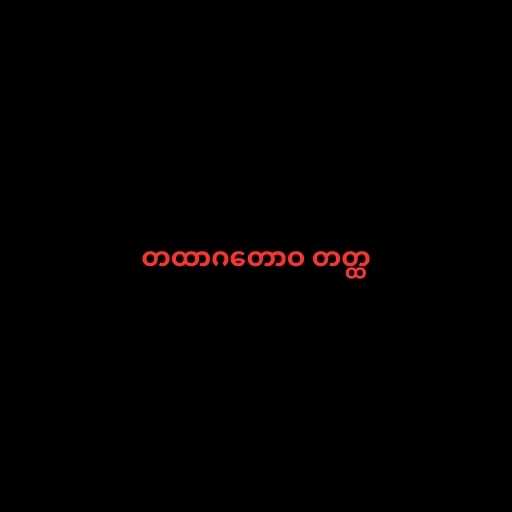
တထာဂတောဝ တတ္ထ